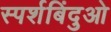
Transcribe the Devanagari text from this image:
स्पर्शबिंदुओ